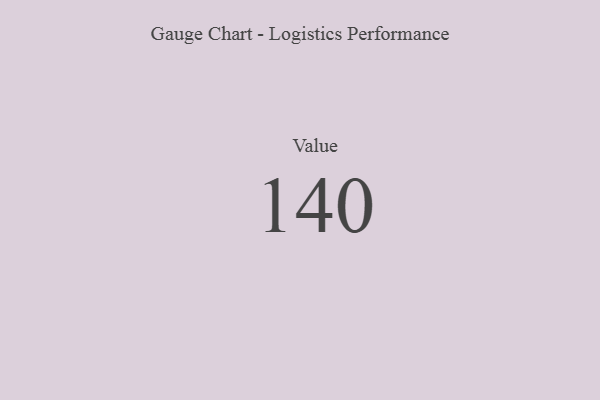
{"axis": {"x": "Metric", "y": "Value"}, "legend": [""], "data": [{"x": "Value", "y": 140, "type": ""}]}